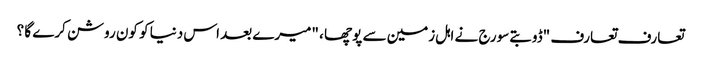
تعارف تعارف "ڈوبتے سورج نے اہل زمین سے پوچھا ، "میرے بعد اس دنیا کو کون روشن کرے گا ؟